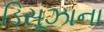
ડિસૂઝાના